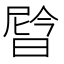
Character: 𬁉